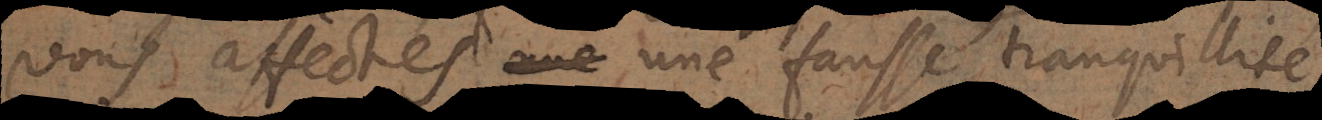
vous affectés une fausse tranquillité